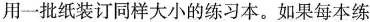
用一批纸装订同样大小的练习本。如果每本练